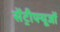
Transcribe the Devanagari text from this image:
सेंट्रीफ्यूजों